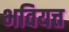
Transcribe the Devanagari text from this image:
भवियत्त